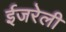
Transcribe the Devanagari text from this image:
ईजरेली